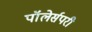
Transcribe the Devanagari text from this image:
पॉलेर्सपरी